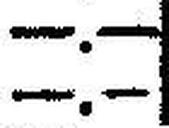
—.—